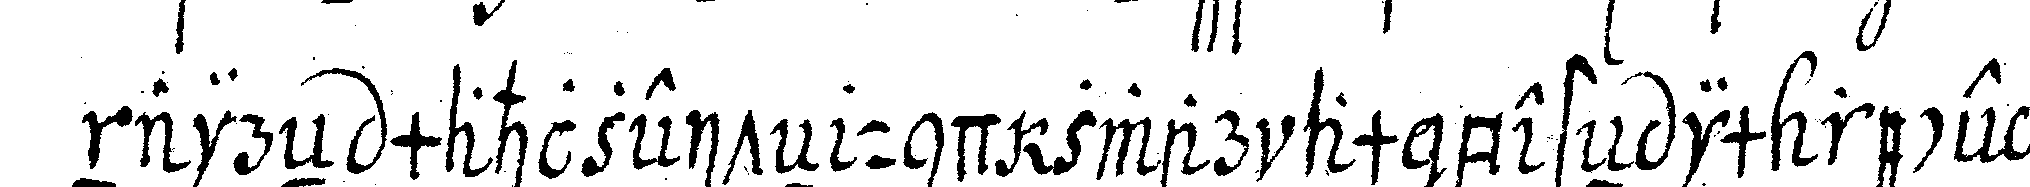
naireN mahlzeiteN und zwar am besteN im recepti